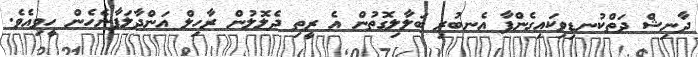
ދާނިޝް ދަތްކުނޑިވިކައިގެންފާ އެނބުރި ބަލާލިގޮތުން އެ ރީތި ދެލޮލުން ރާހިލް އަންދާލަފާނެހެން ހީވިއެވެ.